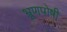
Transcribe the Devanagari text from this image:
भ्रूणपोषी